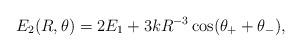
LaTeX: \begin{align*} E_2(R,\theta) = 2E_1 + 3k R^{-3} \cos(\theta_+ +\theta_-),\end{align*}